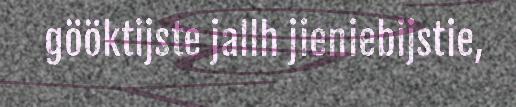
gööktijste jallh jieniebijstie,